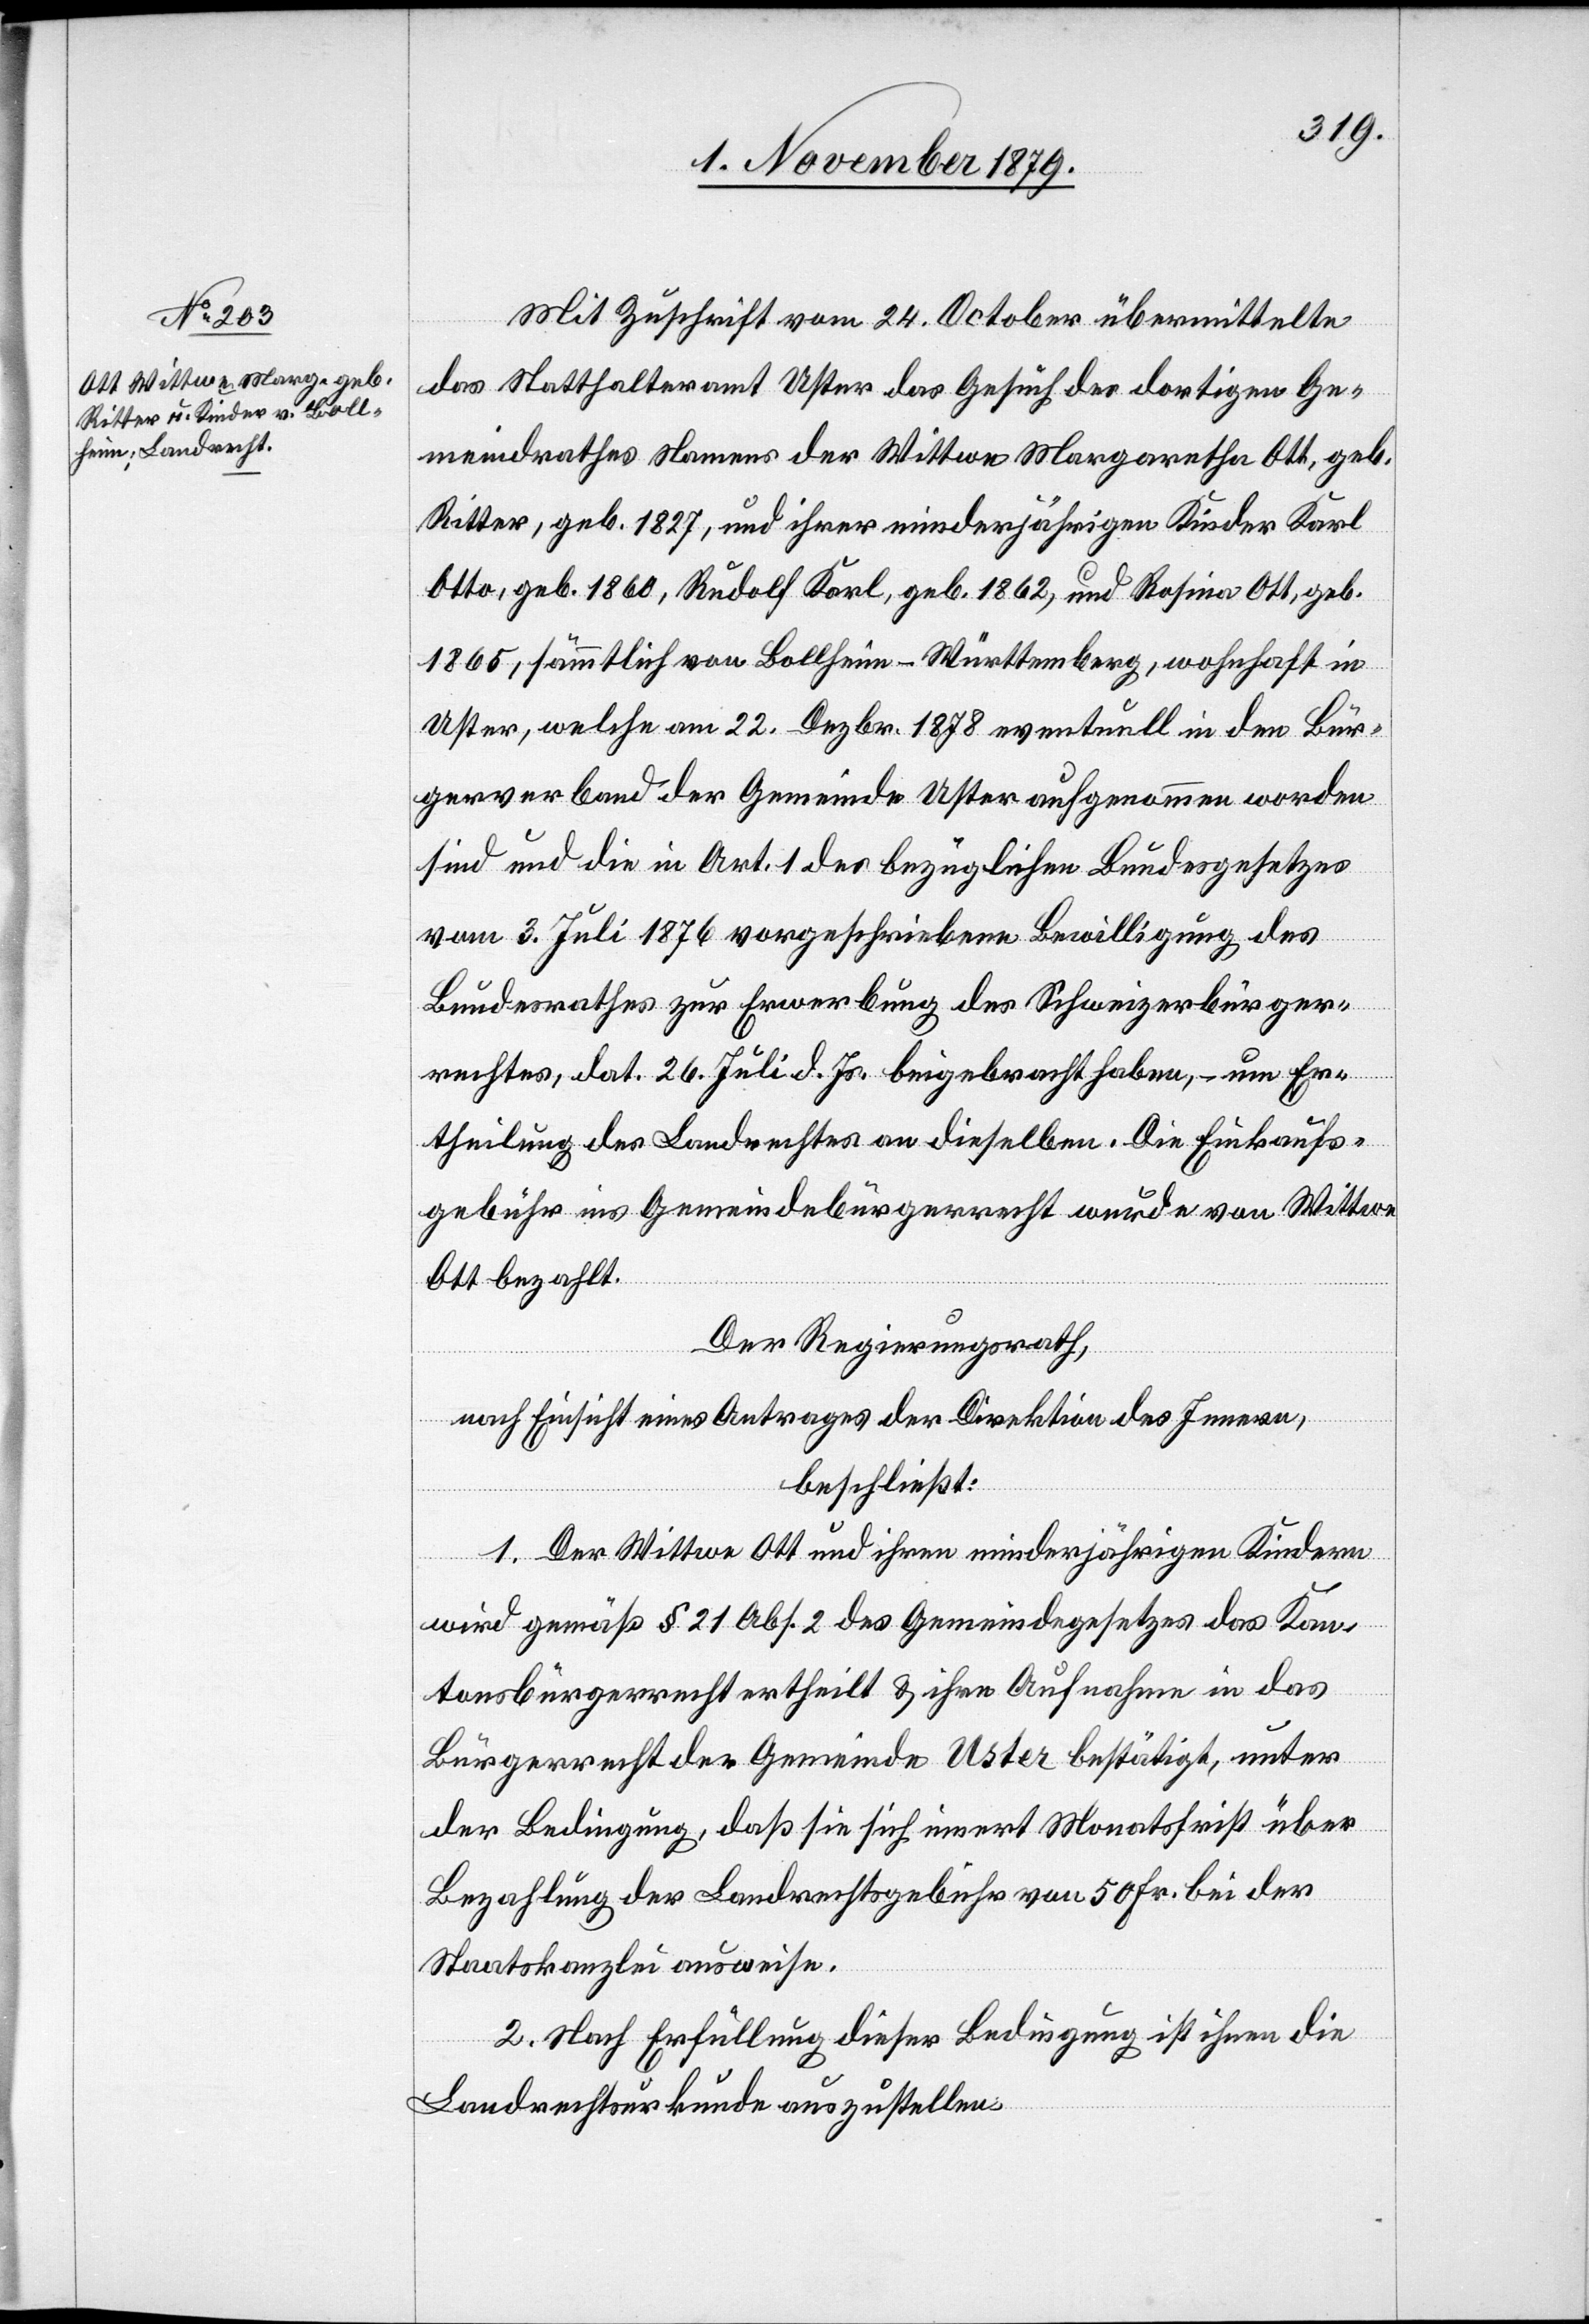
Mit Zuschrift vom 24. October übermittelte
das Statthalteramt Uster das Gesuch des dortigen Ge¬
meindrathes Namens der Wittwe Margarethe Ott, geb.
Ritter, geb. 1827, und ihrer minderjährigen Kinder Karl
Otto, geb. 1860, Rudolf Karl, geb. 1862, und Rosina Ott, geb.
1865, sämmtlich von Bollheim - Württhemberg, wohnhaft in
Uster, welche am 22. Dezbr. 1878 eventuell in den Bür¬
gerverband der Gemeinde Uster aufgenommen worden
sind und die in Art. 1 des bezüglichen Bundesgesetzes
vom 3. Juli 1876 vorgeschriebene Bewilligung des
Bundesrathes zur Erwerbung des Schweizerbürger¬
rechtes, dat. 26. Juli d. Js. beigebracht haben, – um Er¬
theilung des Landrechtes an dieselben. Die Einkaufs¬
gebühr ins Gemeindebürgerrecht wurde von Wittwe
Ott bezahlt.
Der Regierungsrath,
nach Einsicht eines Antrages der Direktion des Innern,
beschließt:
1. Der Wittwe Ott und ihren minderjährigen Kindern
wird gemäß § 21 Abs. 2 des Gemeindgesetzes das Kan¬
tonsbürgerrecht ertheilt & ihre Aufnahme in das
Bürgerrecht der Gemeinde Uster bestätigt, unter
der Bedingung, daß sie sich innert Monatsfrist über
Bezahlung der Landrechtsgebühr von 50 Fr. bei der
Staatskanzlei ausweise.
2. Nach Erfüllung dieser Bedingung ist ihnen die
Landrechtsurkunde auszustellen.